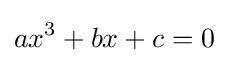
ax^{3}+bx+c=0